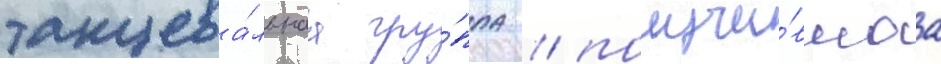
танцева́льнаа гру́ппа / получи́вшаа